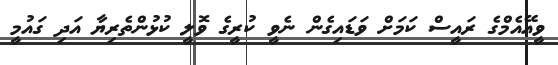
ވީއޭއެމްގެ ރައީސް ކަމަށް ވަޑައިގެން ނެވީ ކުރީގެ ވޮލީ ކުޅުންތެރިޔާ އަދި ގައުމީ